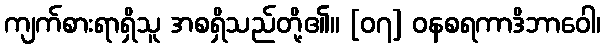
ကျက်စားရာရှိသူ အစရှိသည်တို့၏။ [၀၇] ဝနစရကာဒိဘာဝေါ၊